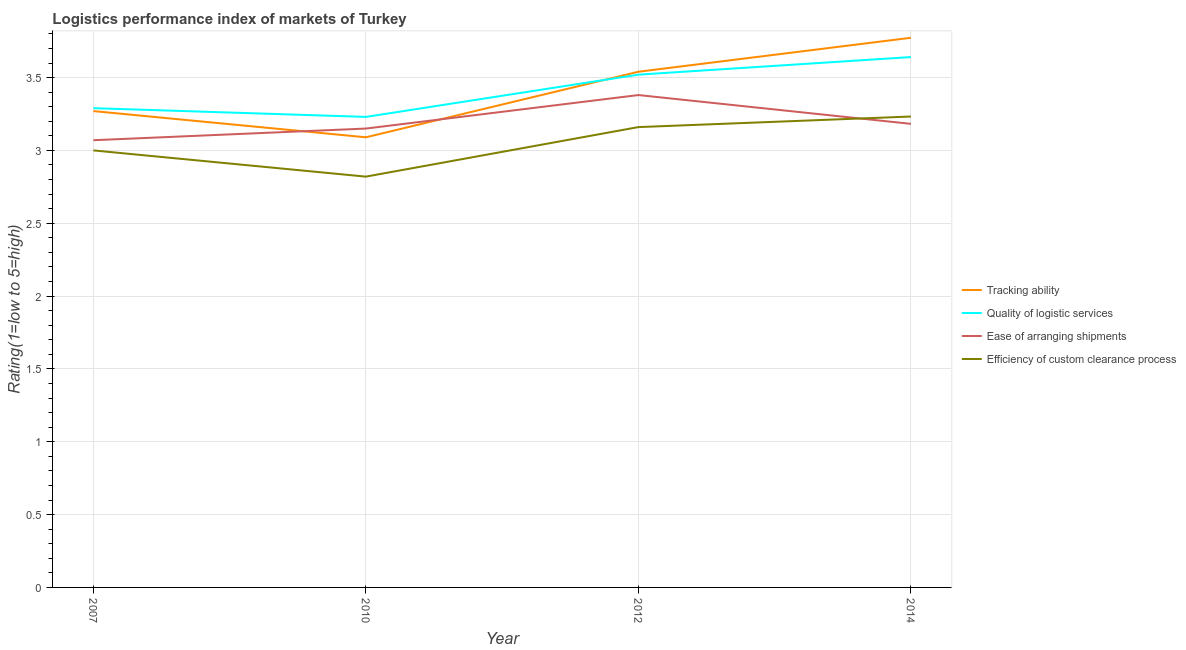
| Year | Tracking ability | Quality of logistic services | Ease of arranging shipments | Efficiency of custom clearance process |
 | --- | --- | --- | --- | --- |
 | 2007 | 3.27 | 3.29 | 3.07 | 3 |
 | 2010 | 3.09 | 3.23 | 3.15 | 2.82 |
 | 2012 | 3.54 | 3.52 | 3.38 | 3.16 |
 | 2014 | 3.77 | 3.64 | 3.18 | 3.23 |